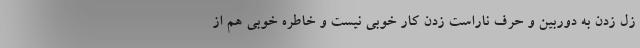
زل زدن به دوربین و حرف ناراست زدن کار خوبی نیست و خاطره خوبی هم از